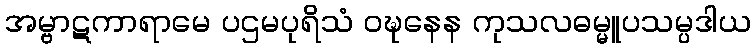
အမ္ဗာဋကာရာမေ ပဌမပုရိသံ ဝဍ္ဎနေန ကုသလဓမ္မူပသမ္ပဒါယ